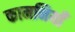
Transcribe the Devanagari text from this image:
कामनियाँ